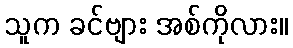
သူက ခင်ဗျား အစ်ကိုလား။